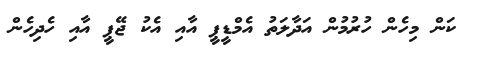
ކަން މިހެން ހުރުމުން އަދާލަތު އެމްޑީޕީ އާއި އެކު ޖޭޕީ އާއި ހެދިހެން